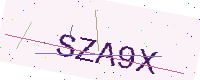
Text: SZA9X